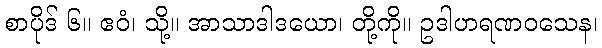
စာပိုဒ် ၆။ ဧဝံ၊ သို့။ အာသာဒါဒယော၊ တို့ကို။ ဥဒါဟရဏဝသေန၊